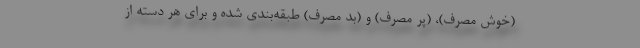
(خوش مصرف)، (پر مصرف) و (بد مصرف) طبقه‌بندی شده و برای هر دسته از